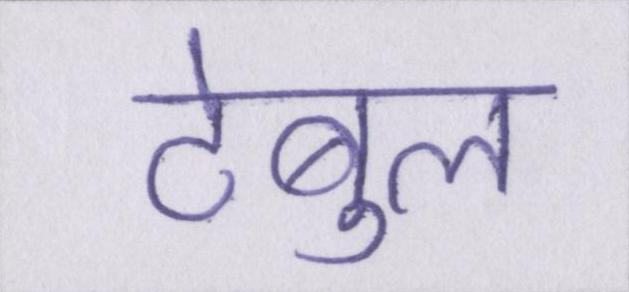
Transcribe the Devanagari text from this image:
टेबुल